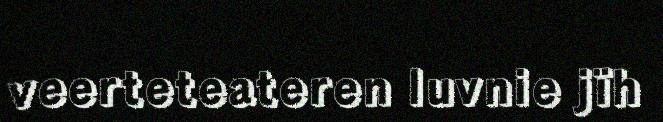
veerteteateren luvnie jïh